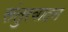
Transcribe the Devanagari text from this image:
संतुरवादन